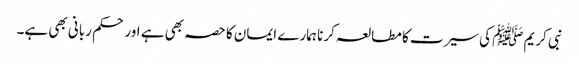
نبی کریم ﷺ کی سیرت کا مطالعہ کرنا ہمارے ایمان کا حصہ بھی ہے اور حکم ربانی بھی ہے۔